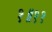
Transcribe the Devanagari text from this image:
१॥११